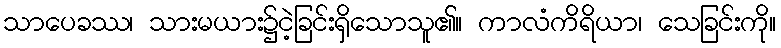
သာပေခဿ၊ သားမယား၌ငဲ့ခြင်းရှိသောသူ၏။ ကာလံကိရိယာ၊ သေခြင်းကို။